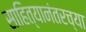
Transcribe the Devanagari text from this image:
साहित्यानंतरच्या